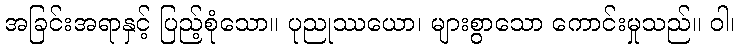
အခြင်းအရာနှင့် ပြည့်စုံသော။ ပုညုဿယော၊ များစွာသော ကောင်းမှုသည်။ ဝါ၊